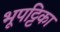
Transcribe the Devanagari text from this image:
भूपट्टिका